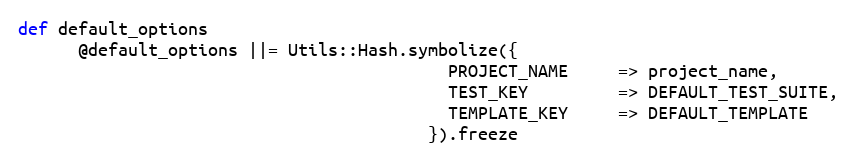
Language: Ruby
def default_options
      @default_options ||= Utils::Hash.symbolize({
                                           PROJECT_NAME     => project_name,
                                           TEST_KEY         => DEFAULT_TEST_SUITE,
                                           TEMPLATE_KEY     => DEFAULT_TEMPLATE
                                         }).freeze